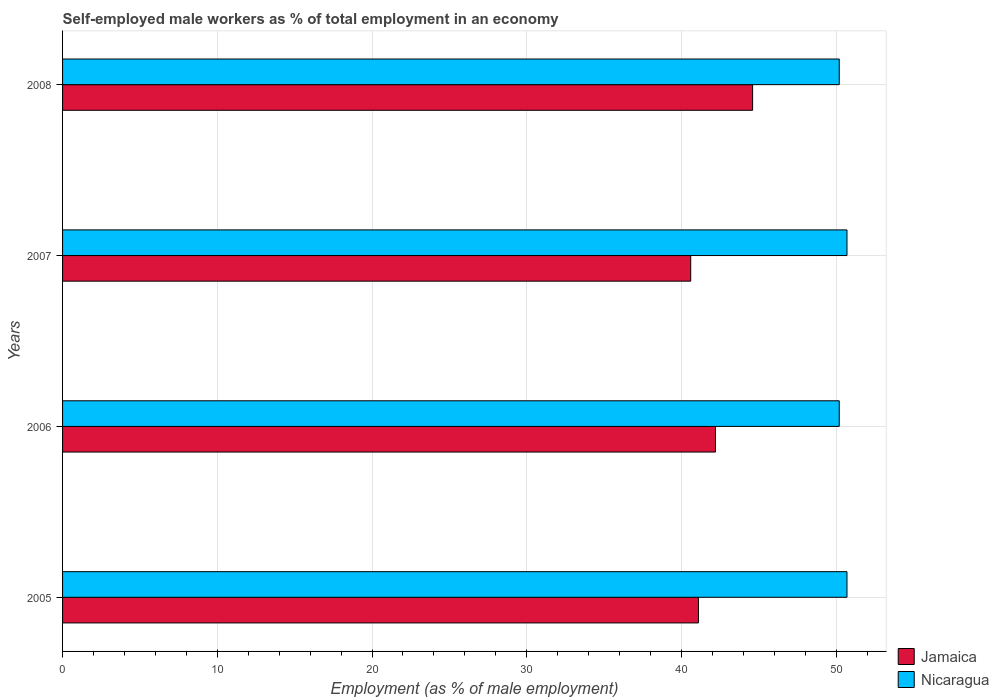
| Years | Jamaica | Nicaragua |
 | --- | --- | --- |
 | 2005 | 41.1 | 50.7 |
 | 2006 | 42.2 | 50.2 |
 | 2007 | 40.6 | 50.7 |
 | 2008 | 44.6 | 50.2 |